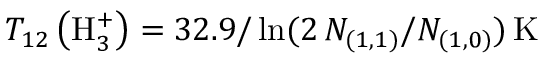
T _ { 1 2 } \left( \mathrm { H } _ { 3 } ^ { + } \right) = 3 2 . 9 / \ln ( 2 \, N _ { ( 1 , 1 ) } / N _ { ( 1 , 0 ) } ) \, \mathrm { K }